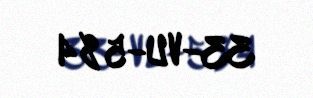
33-VU-584